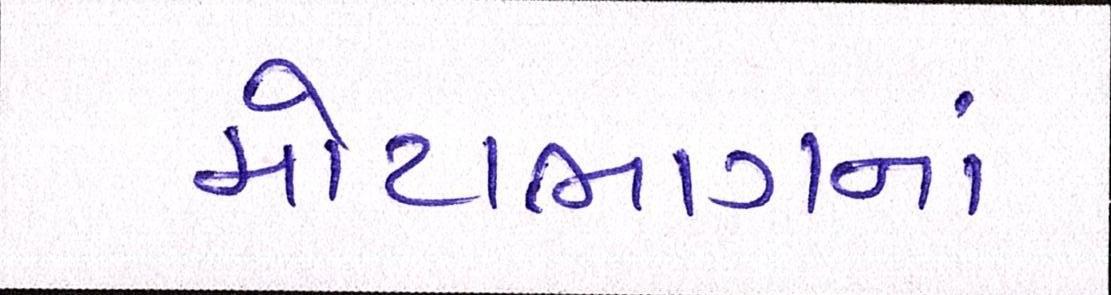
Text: મોટાભાગનાં